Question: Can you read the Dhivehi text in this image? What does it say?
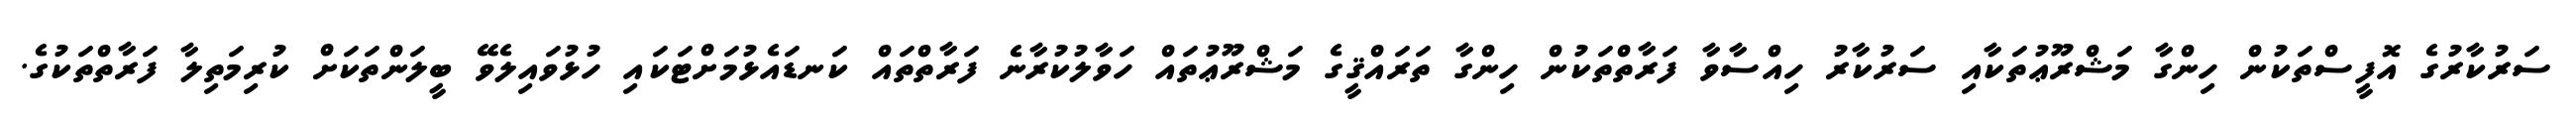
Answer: ސަރުކާރުގެ އޮފީސްތަކުން ހިންގާ މަޝްރޫޢުތަކާއި ސަރުކާރު ހިއްސާވާ ފަރާތްތަކުން ހިންގާ ތަރައްޤީގެ މަޝްރޫޢުތައް ހަވާލުކުރާނެ ފަރާތްތައް ކަނޑައެޅުމަށްޓަކައި ހުޅުވައިލެވޭ ބީލަންތަކަށް ކުރިމަތިލާ ފަރާތްތަކުގެ.